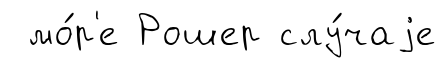
мо́р'е Рошер слу́чаjе